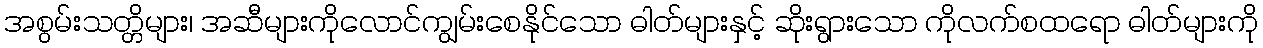
အစွမ်းသတ္တိများ၊ အဆီများကိုလောင်ကျွမ်းစေနိုင်သော ဓါတ်များနှင့် ဆိုးရွားသော ကိုလက်စထရော ဓါတ်များကို